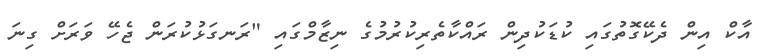
އާކް އިން ދެކޭގޮތުގައި ކުޑަކުދިން ރައްކާތެރިކުރުމުގެ ނިޒާމްގައި "ރަނގަޅުކުރަން ޖެހޭ ވަރަށް ގިނަ